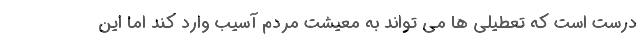
درست است که تعطیلی ها می تواند به معیشت مردم آسیب وارد کند اما این